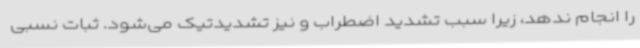
را انجام ندهد، زیرا سبب تشدید اضطراب و نیز تشدیدتیک می‌شود. ثبات نسبی